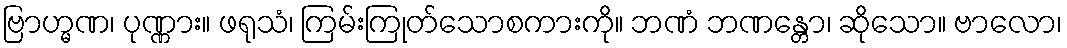
ဗြာဟ္မဏ၊ ပုဏ္ဏား။ ဖရုသံ၊ ကြမ်းကြုတ်သောစကားကို။ ဘဏံ ဘဏန္တော၊ ဆိုသော။ ဗာလော၊